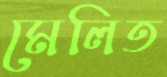
মেলিত